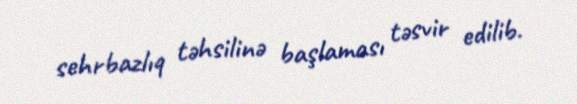
sehrbazlıq təhsilinə başlaması təsvir edilib.